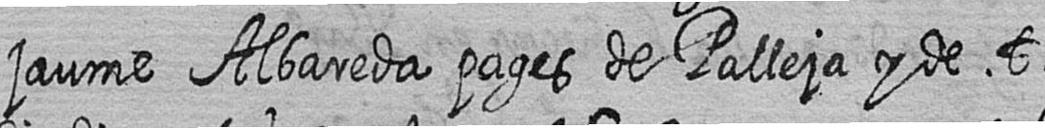
jaume Albareda pages de Palleja y de t